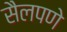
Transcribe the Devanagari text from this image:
सैलपणे